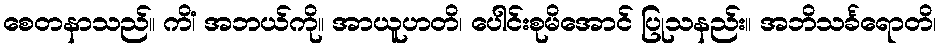
စေတနာသည်။ ကိံ၊ အဘယ်ကို။ အာယူဟတိ၊ ပေါင်းစုမိအောင် ပြုသနည်း။ အဘိသင်္ခရောတိ၊